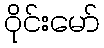
ဝိုင်းမော်